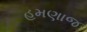
હમણાજ